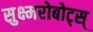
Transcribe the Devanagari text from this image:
सुक्ष्मरोबोट्स्